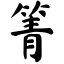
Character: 箐